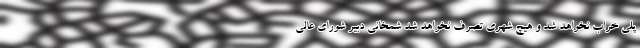
پلی خراب نخواهد شد و هیچ شهری تصرف نخواهد شد شمخانی دبیر شورای عالی